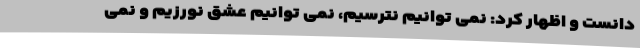
دانست و اظهار کرد: نمی توانیم نترسیم، نمی توانیم عشق نورزیم و نمی